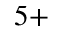
^ { 5 + }